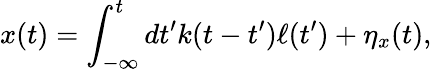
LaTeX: x(t)=\int_{-\infty}^{t}dt^{\prime}k(t-t^{\prime})\ell(t^{\prime})+\eta_{x}(t),